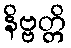
နိဗ္ဗတ္တိ